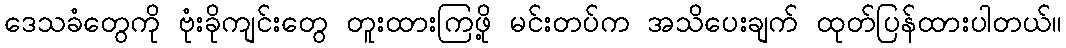
ဒေသခံတွေကို ဗုံးခိုကျင်းတွေ တူးထားကြဖို့ မင်းတပ်က အသိပေးချက် ထုတ်ပြန်ထားပါတယ်။